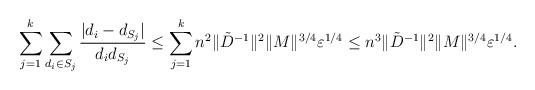
LaTeX: \begin{align*} \sum_{j=1}^k \sum_{d_i\in S_j} \frac{|d_i-d_{S_j}|}{d_id_{S_j}} \leq \sum_{j=1}^k n^2\|\tilde{D}^{-1}\|^2\|M\|^{3/4}\varepsilon^{1/4} \leq n^3\|\tilde{D}^{-1}\|^2\|M\|^{3/4}\varepsilon^{1/4}.\end{align*}